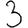
Digit: 3